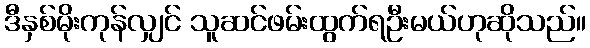
ဒီနှစ်မိုးကုန်လျှင် သူဆင်ဖမ်းထွက်ရဦးမယ်ဟုဆိုသည်။